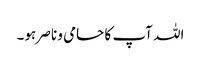
اللہ آپ کا حامی و ناصر ہو۔